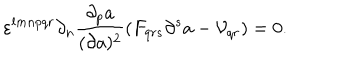
\varepsilon ^ { l m n p q r } \partial _ { n } { \frac { \partial _ { p } a } { ( \partial a ) ^ { 2 } } } ( F _ { q r s } \partial ^ { s } a - { \cal V } _ { q r } ) = 0 .